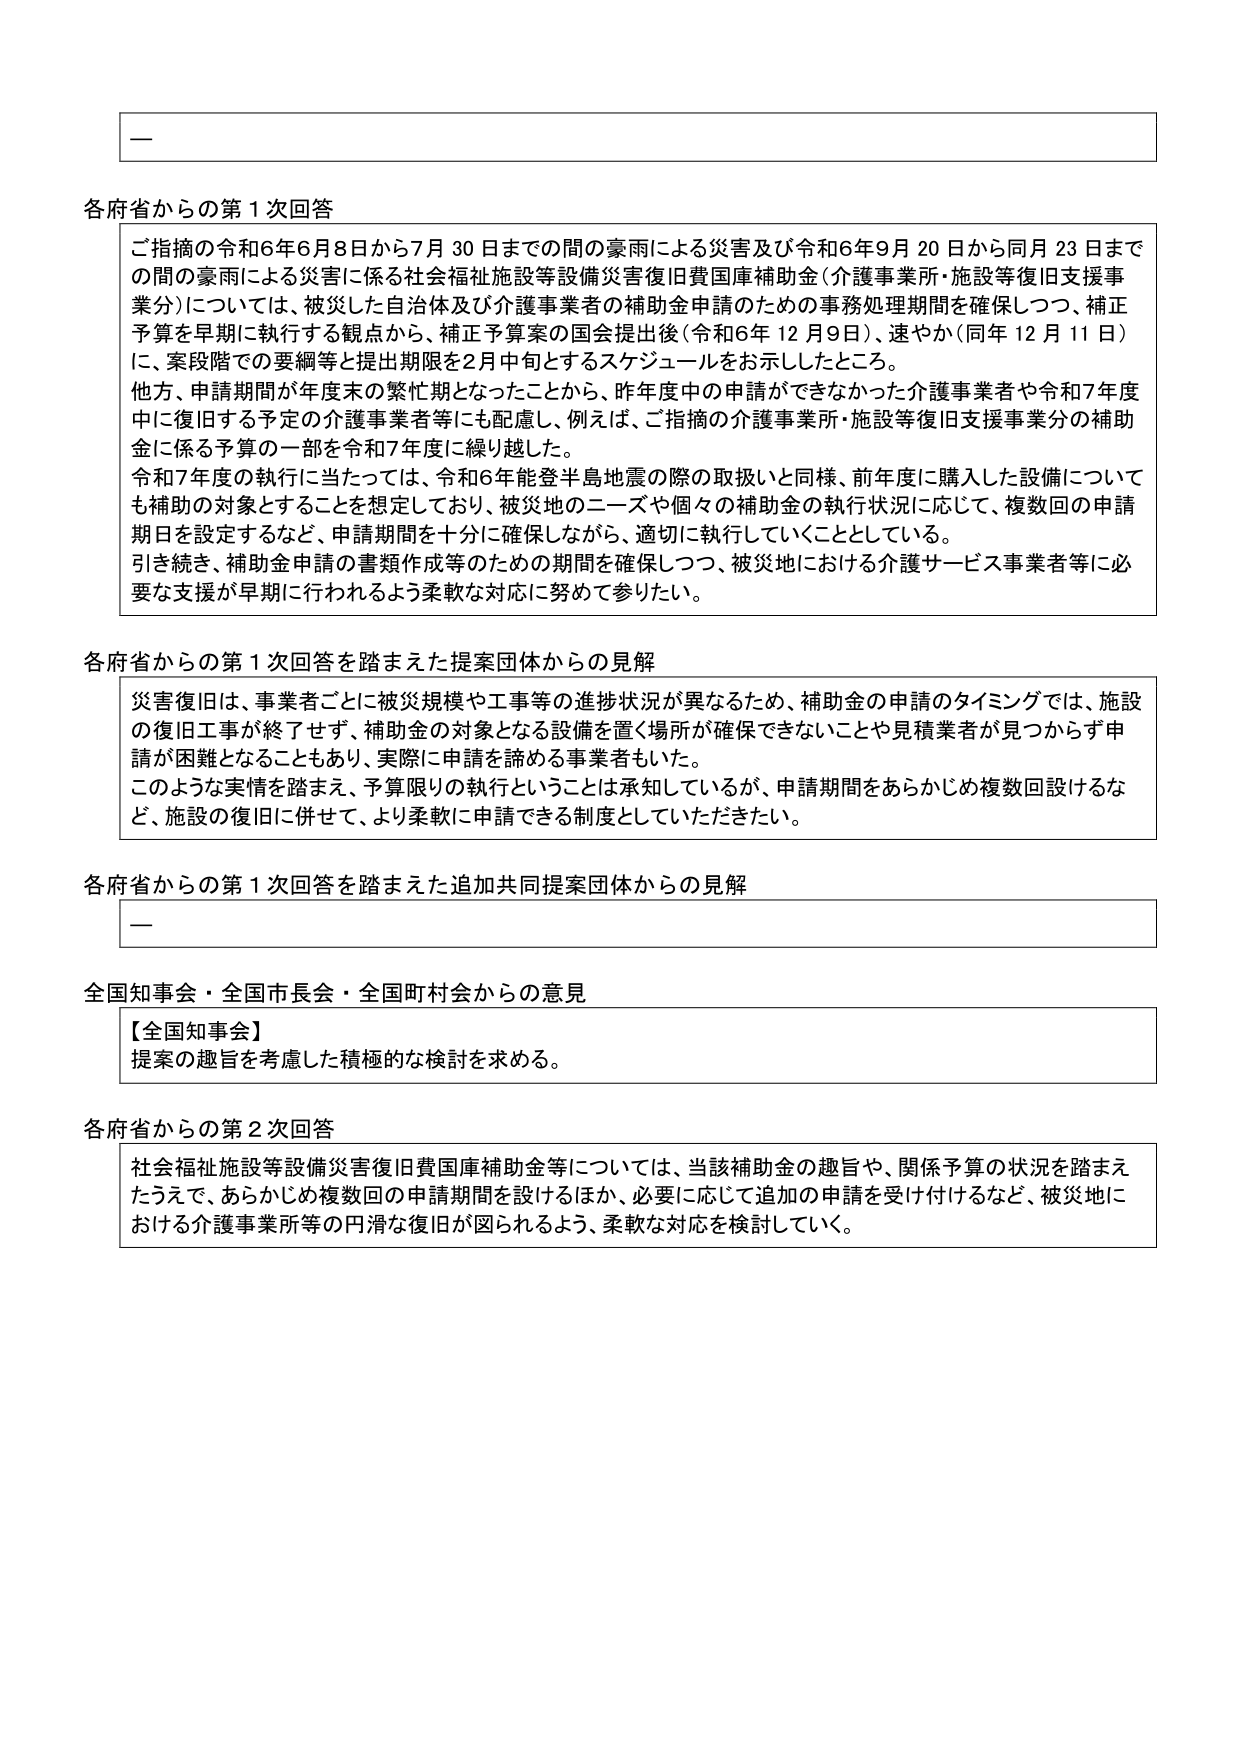
各府省からの第１次回答
ご指摘の令和6年6月8日から7月30日までの間の豪雨による災害及び令和6年9月20日から同月23日までの間の豪雨による災害に係る社会福祉施設等設備災害復旧費国庫補助金（介護事業所・施設等復旧支援事業分）については、被災した自治体及び介護事業者の補助金申請のための事務処理期間を確保しつつ、補正予算を早期に執行する観点から、補正予算案の国会提出後（令和6年12月9日）、速やか（同年12月11日）に、案段階での要綱等と提出期限を2月中旬とするスケジュールをお示ししたところ。
他方、申請期間が年度末の繁忙期となったことから、昨年度中の申請ができなかった介護事業者や令和7年度中に復旧する予定の介護事業者等にも配慮し、例えば、ご指摘の介護事業所・施設等復旧支援事業分の補助金に係る予算の一部を令和7年度に繰り越した。
令和7年度の執行に当たっては、令和6年能登半島地震の際の取扱いと同様、前年度に購入した設備についても補助の対象とすることを想定しており、被災地のニーズや個々の補助金の執行状況に応じて、複数回の申請期日を設定するなど、申請期間を十分に確保しながら、適切に執行していくこととしている。
引き続き、補助金申請の書類作成等のための期間を確保しつつ、被災地における介護サービス事業者等に必要な支援が早期に行われるよう柔軟な対応に努めて参りたい。

各府省からの第１次回答を踏まえた提案団体からの見解
災害復旧は、事業者ごとに被災規模や工事等の進捗状況が異なるため、補助金の申請のタイミングでは、施設の復旧工事が終了せず、補助金の対象となる設備を置く場所が確保できないことや見積業者が見つからず申請が困難となることもあり、実際に申請を諦める事業者もいた。
このような実情を踏まえ、予算限りの執行ということは承知しているが、申請期間をあらかじめ複数回設けるなど、施設の復旧に併せて、より柔軟に申請できる制度としていただきたい。

各府省からの第１次回答を踏まえた追加共同提案団体からの見解
—

全国知事会・全国市長会・全国町村会からの意見
【全国知事会】
提案の趣旨を考慮した積極的な検討を求める。

各府省からの第２次回答
社会福祉施設等設備災害復旧費国庫補助金等については、当該補助金の趣旨や、関係予算の状況を踏まえたうえで、あらかじめ複数回の申請期間を設けるほか、必要に応じて追加の申請を受け付けるなど、被災地における介護事業所等の円滑な復旧が図られるよう、柔軟な対応を検討していく。